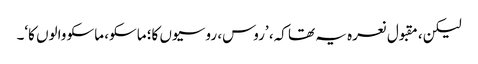
لیکن، مقبول نعرہ یہ تھا کہ، ’روس، روسیوں کا؛ ماسکو، ماسکو والوں کا‘۔